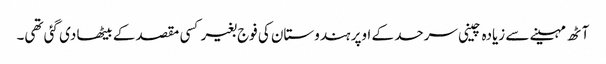
آٹھ مہینے سے زیادہ چینی سرحد کے اوپر ہندوستان کی فوج بغیر کسی مقصد کے بیٹھا دی گئی تھی۔